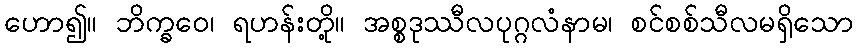
ဟော၍။ ဘိက္ခဝေ၊ ရဟန်းတို့။ အစ္စဒုဿီလပုဂ္ဂလံနာမ၊ စင်စစ်သီလမရှိသော